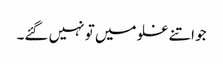
جو اتنے غلو میں تو نہیں گئے۔